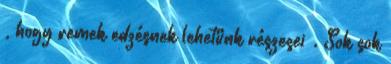
, hogy remek edzésnek lehetünk részesei . Sok sok